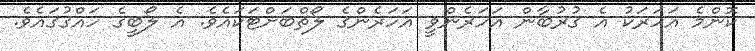
ކޮންމެ އަހަރަކު އެ ގުރުބާން އަހަރެންވީ އަހަރެންގެ ލޯތްބަށްޓަކައެވެ. އެ ލޯބީގެ ހައްގުގައެވެ.